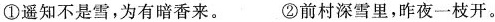
①遥知不是雪，为有暗香来。 ②前村深雪里，昨夜一枝开。